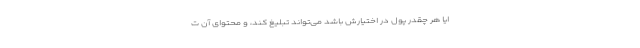
ایا هر چقدر پول در اختیارش باشد می‌تواند تبلیغ کند، و محتوای آن ت